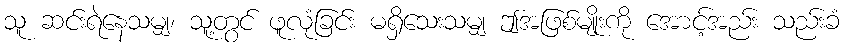
သူ ဆင်းရဲနေသမျှ၊ သူ့တွင် ဖူလုံခြင်း မရှိသေးသမျှ ဤအဖြစ်မျိုးကို အောင့်အည်း သည်းခံ